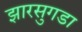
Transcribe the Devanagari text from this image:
झारसुगडा